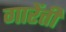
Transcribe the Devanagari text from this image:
गारेंत्ती